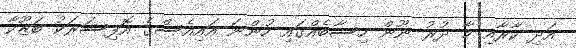
އަދި ކާރާއި މާ ދުރު ނޫން ހިސާބެއްގައި ހުންނަ އައިއެސްގެ އޮފިސަރަކު ބަޒޫކާ